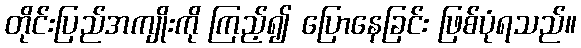
တိုင်းပြည်အကျိုးကို ကြည့်၍ ပြောနေခြင်း ဖြစ်ပုံရသည်။